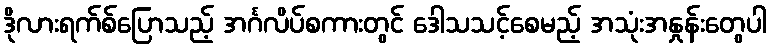
ဒိုလားရက်စ်ပြောသည့် အင်္ဂလိပ်စကားတွင် ဒေါသသင့်စေမည့် အသုံးအနှုန်းတွေပါ